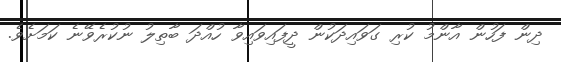
ދިން ފަހުން އާންމު ކުރި ގަވައިދަކުން ދީފައިވަައިވާ ހުއްދަ ބާތިލު ނުކުރެވޭނެ ކަމަށެވެ.